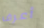
أعرف